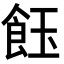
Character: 𩚽